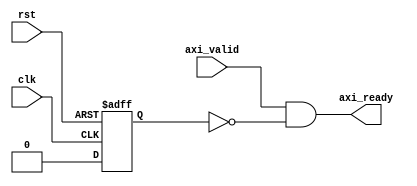
module axi_timing_control(
    input wire clk,
    input wire rst,
    input wire axi_valid,
    output wire axi_ready
);

reg axi_clk;
reg axi_rst;

always @ (posedge clk or posedge rst) begin
    if (rst) begin
        axi_clk <= 1'b0;
        axi_rst <= 1'b1;
    end else begin
        axi_rst <= 1'b0;
        axi_clk <= ~axi_clk;
    end
end

assign axi_ready = axi_valid && !axi_rst;

endmodule